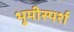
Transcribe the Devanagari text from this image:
भूमीस्पर्श